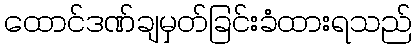
ထောင်ဒဏ်ချမှတ်ခြင်းခံထားရသည်